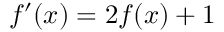
f ^ { \prime } ( x ) = 2 f ( x ) + 1